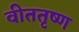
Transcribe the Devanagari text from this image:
वीततृष्ण